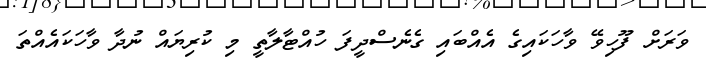
ވަރަށް ފޫހިވޭ ވާހަކައިގެ އެއްބައި ގެނެސްދީފަ ހުއްޓާލާތީ މި ކުރިޔަަައް ނުދާ ވާހަކަައެއްތަ